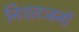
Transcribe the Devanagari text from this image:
निशतःजनॉ